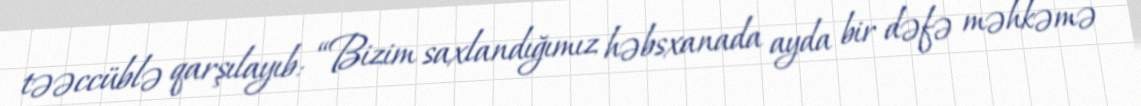
təəccüblə qarşılayıb: “Bizim saxlandığımız həbsxanada ayda bir dəfə məhkəmə